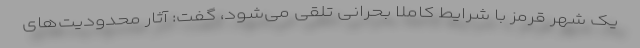
یک شهر قرمز با شرایط کاملاً بحرانی تلقی می‌شود، گفت: آثار محدودیت‌های